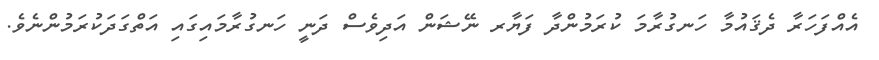
އެއްފަހަރާ ދެޤައުމާ ހަނގުރާމަ ކުރަމުންދާ ފަޔާރ ނޭޝަން އަދިވެސް ދަނީ ހަނގުރާމައިގައި އަތްގަދަކުރަމުންނެވެ.